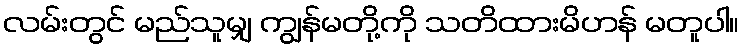
လမ်းတွင် မည်သူမျှ ကျွန်မတို့ကို သတိထားမိဟန် မတူပါ။